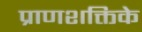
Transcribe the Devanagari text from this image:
प्राणशक्तिके